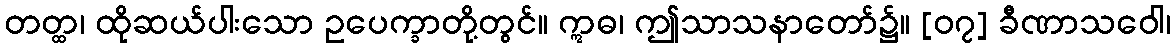
တတ္ထ၊ ထိုဆယ်ပါးသော ဥပေက္ခာတို့တွင်။ ဣဓ၊ ဤသာသနာတော်၌။ [၀၇] ခီဏာသဝေါ၊